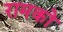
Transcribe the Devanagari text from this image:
रामको